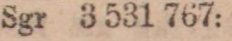
Sgr 3 531 767: 9